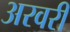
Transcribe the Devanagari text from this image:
अरवरी